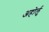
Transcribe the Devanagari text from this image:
अहोर्लु